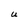
Character: U